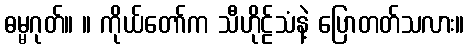
ဓမ္မဂုတ်။ ။ ကိုယ်တော်က သီဟိုဠ်သံနဲ့ ပြောတတ်သလား။